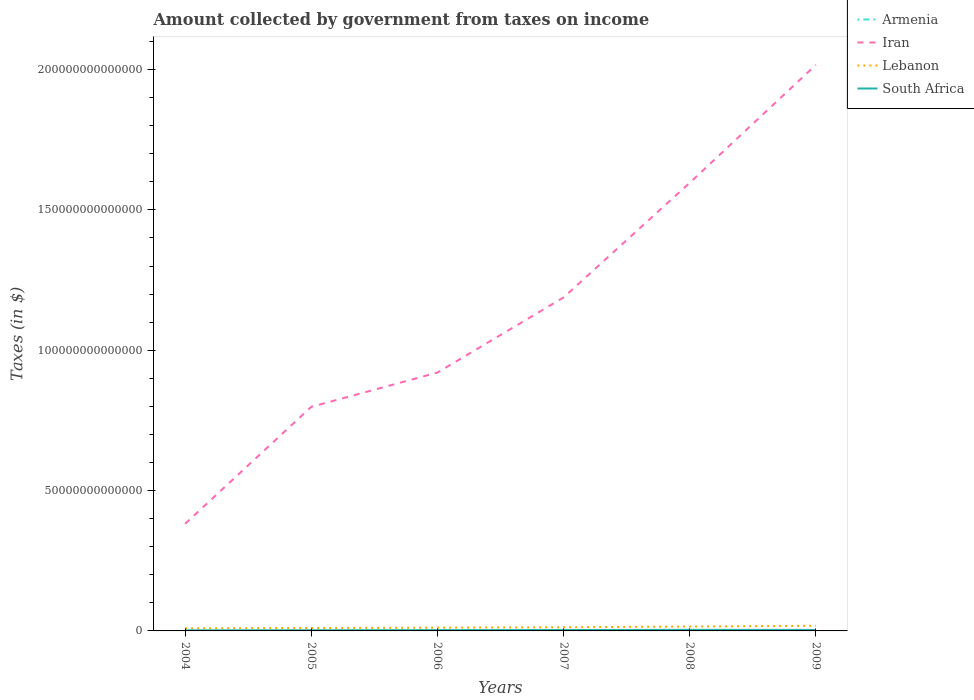
| Years | Armenia | Iran | Lebanon | South Africa |
 | --- | --- | --- | --- | --- |
 | 2004 | 5.24e+10 | 3.82e+13 | 9.08e+11 | 1.95e+11 |
 | 2005 | 7.32e+10 | 7.98e+13 | 1.05e+12 | 2.31e+11 |
 | 2006 | 1.01e+11 | 9.2e+13 | 1.17e+12 | 2.8e+11 |
 | 2007 | 1.22e+11 | 1.19e+14 | 1.31e+12 | 3.32e+11 |
 | 2008 | 1.4e+11 | 1.6e+14 | 1.56e+12 | 3.83e+11 |
 | 2009 | 1.42e+11 | 2.02e+14 | 1.84e+12 | 3.59e+11 |